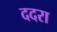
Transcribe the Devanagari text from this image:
ददरा